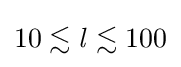
10\lesssim {\mathit {l}}\lesssim 100